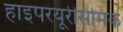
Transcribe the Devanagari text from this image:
हाइपरयूरीसेमिक